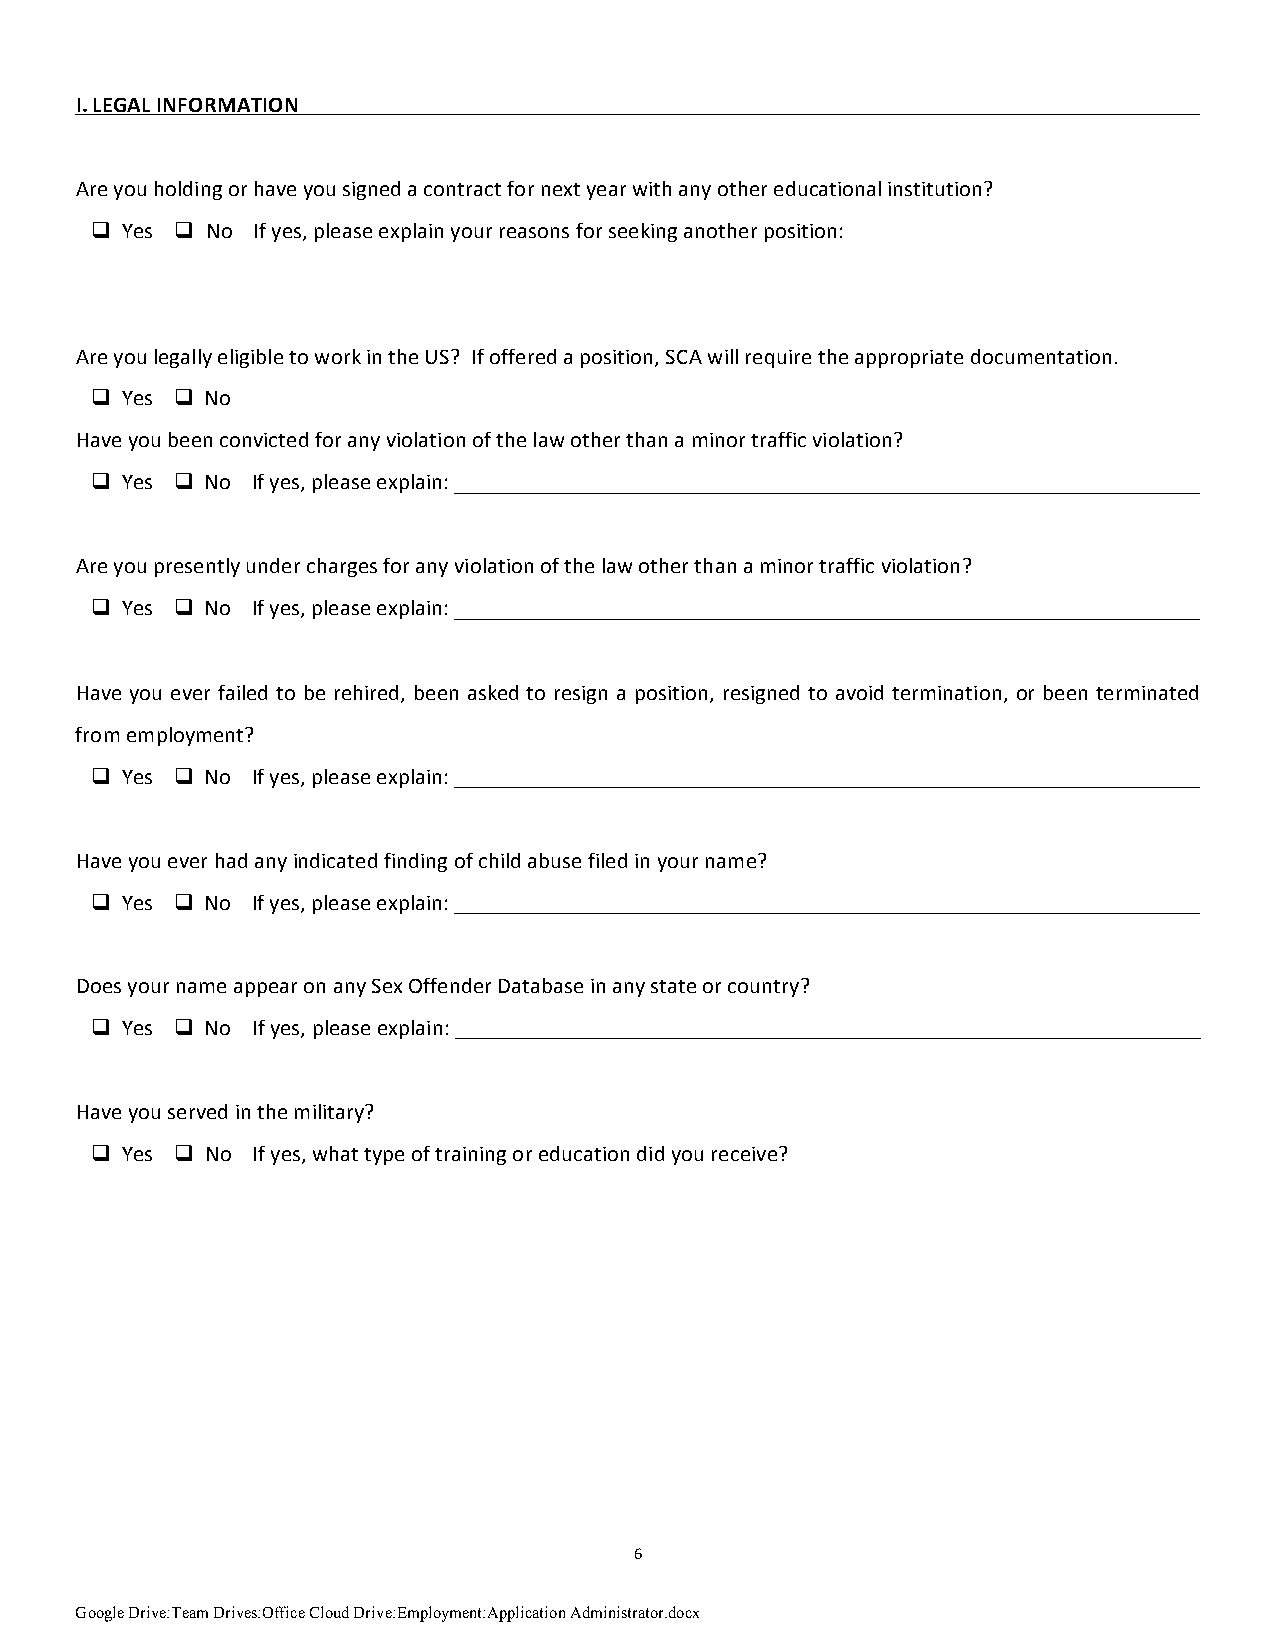
I. LEGAL INFORMATION
 Are you holding or have you signed a contract for next year with any other educational institution?
 q Yes q No If yes, please explain your reasons for seeking another position:
 Are you legally eligible to work in the US? If offered a position, SCA will require the appropriate documentation.
 q Yes q No
 Have you been convicted for any violation of the law other than a minor traffic violation?
 q Yes q No If yes, please explain:
 Are you presently under charges for any violation of the law other than a minor traffic violation?
 q Yes q No If yes, please explain:
 Have you ever failed to be rehired, been asked to resign a position, resigned to avoid termination, or been terminated
 from employment?
 q Yes q No If yes, please explain:
 Have you ever had any indicated finding of child abuse filed in your name?
 q Yes q No If yes, please explain:
 Does your name appear on any Sex Offender Database in any state or country?
 q Yes q No If yes, please explain:
 Have you served in the military?
 q Yes q No If yes, what type of training or education did you receive?
 6
 Google Drive:Team Drives:Office Cloud Drive:Employment:Application Administrator.docx